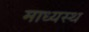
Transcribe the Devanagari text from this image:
माध्यस्थ